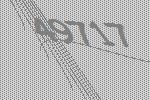
49717